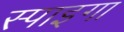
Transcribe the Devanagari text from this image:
स्पाइगा